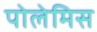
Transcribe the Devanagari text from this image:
पोलेमिस